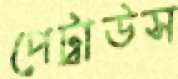
পেট্রাউস